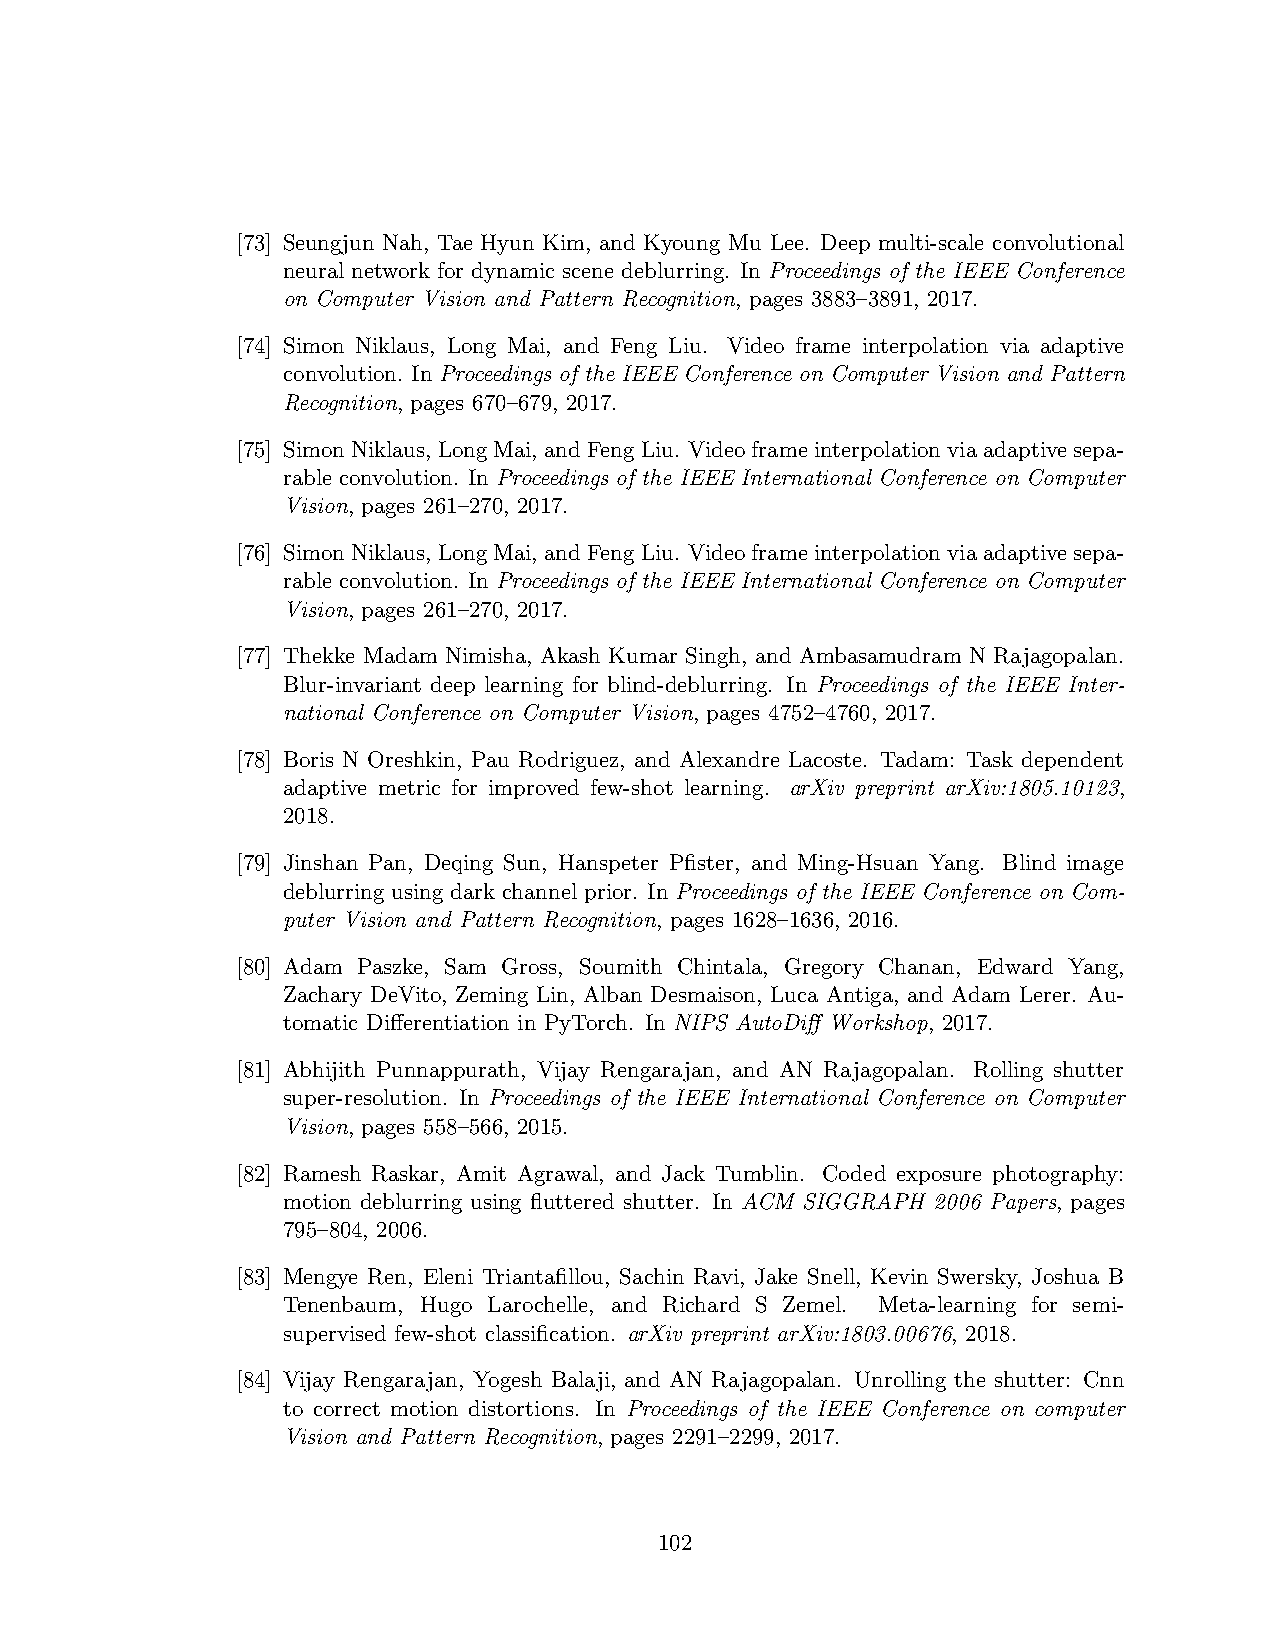
[73] Seungjun Nah, Tae Hyun Kim, and Kyoung Mu Lee. Deep multi-scale convolutional
 neural network for dynamic scene deblurring. In Proceedings of the IEEE Conference
 on Computer Vision and Pattern Recognition, pages 3883–3891, 2017.
 [74] Simon Niklaus, Long Mai, and Feng Liu. Video frame interpolation via adaptive
 convolution. In Proceedings of the IEEE Conference on Computer Vision and Pattern
 Recognition, pages 670–679, 2017.
 [75] SimonNiklaus, LongMai, andFengLiu. Videoframeinterpolationviaadaptivesepa-
 rable convolution. In Proceedings of the IEEE International Conference on Computer
 Vision, pages 261–270, 2017.
 [76] SimonNiklaus, LongMai, andFengLiu. Videoframeinterpolationviaadaptivesepa-
 rable convolution. In Proceedings of the IEEE International Conference on Computer
 Vision, pages 261–270, 2017.
 [77] Thekke Madam Nimisha, Akash Kumar Singh, and Ambasamudram N Rajagopalan.
 Blur-invariant deep learning for blind-deblurring. In Proceedings of the IEEE Inter-
 national Conference on Computer Vision, pages 4752–4760, 2017.
 [78] Boris N Oreshkin, Pau Rodriguez, and Alexandre Lacoste. Tadam: Task dependent
 adaptive metric for improved few-shot learning. arXiv preprint arXiv:1805.10123,
 2018.
 [79] Jinshan Pan, Deqing Sun, Hanspeter Pfister, and Ming-Hsuan Yang. Blind image
 deblurring using dark channel prior. In Proceedings of the IEEE Conference on Com-
 puter Vision and Pattern Recognition, pages 1628–1636, 2016.
 [80] Adam Paszke, Sam Gross, Soumith Chintala, Gregory Chanan, Edward Yang,
 Zachary DeVito, Zeming Lin, Alban Desmaison, Luca Antiga, and Adam Lerer. Au-
 tomatic Differentiation in PyTorch. In NIPS AutoDiff Workshop, 2017.
 [81] Abhijith Punnappurath, Vijay Rengarajan, and AN Rajagopalan. Rolling shutter
 super-resolution. In Proceedings of the IEEE International Conference on Computer
 Vision, pages 558–566, 2015.
 [82] Ramesh Raskar, Amit Agrawal, and Jack Tumblin. Coded exposure photography:
 motion deblurring using fluttered shutter. In ACM SIGGRAPH 2006 Papers, pages
 795–804, 2006.
 [83] Mengye Ren, Eleni Triantafillou, Sachin Ravi, Jake Snell, Kevin Swersky, Joshua B
 Tenenbaum, Hugo Larochelle, and Richard S Zemel. Meta-learning for semi-
 supervised few-shot classification. arXiv preprint arXiv:1803.00676, 2018.
 [84] Vijay Rengarajan, Yogesh Balaji, and AN Rajagopalan. Unrolling the shutter: Cnn
 to correct motion distortions. In Proceedings of the IEEE Conference on computer
 Vision and Pattern Recognition, pages 2291–2299, 2017.
 102